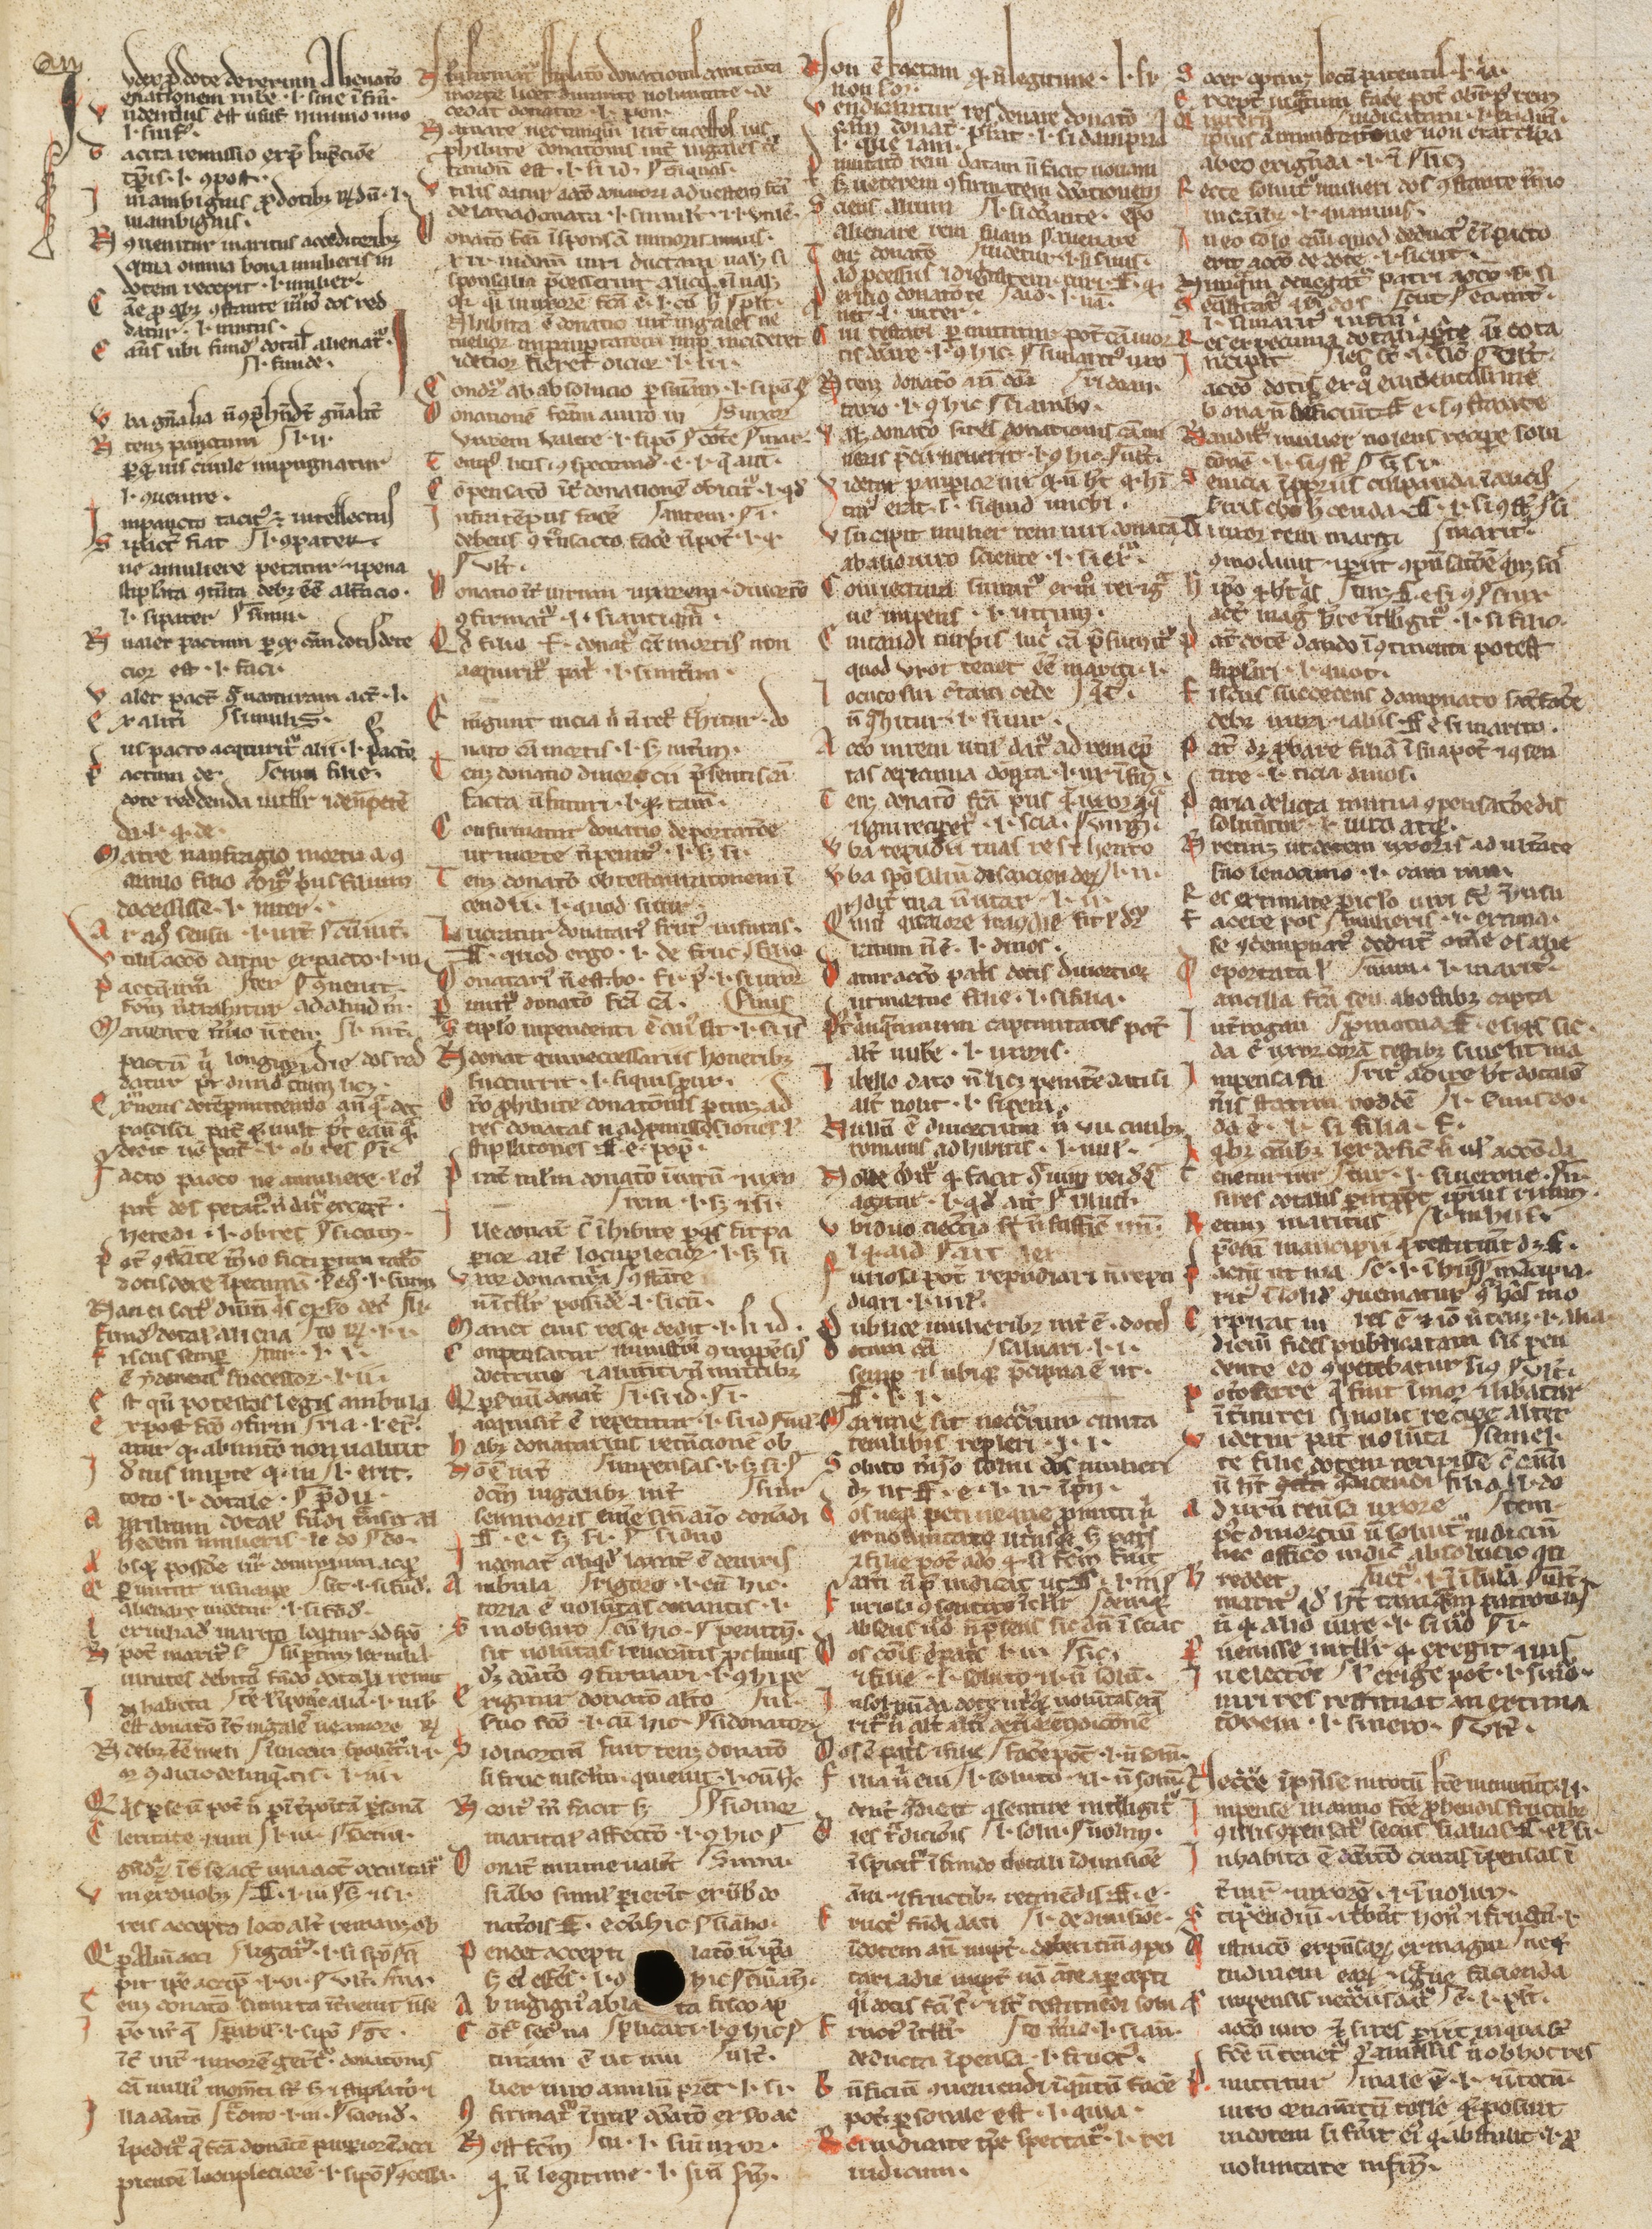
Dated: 1200–1224